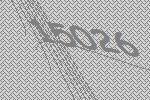
15026